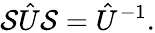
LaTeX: {\cal S}\hat{U}{\cal S}=\hat{U}^{-1}.